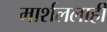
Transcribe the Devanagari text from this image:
मार्शललाही